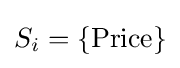
S_{i}=\{{\text{Price}}\}